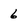
Character: 6